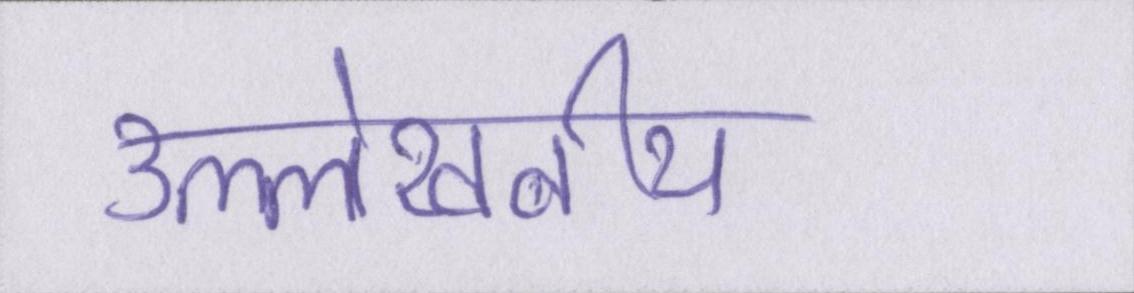
उल्लेखनीय